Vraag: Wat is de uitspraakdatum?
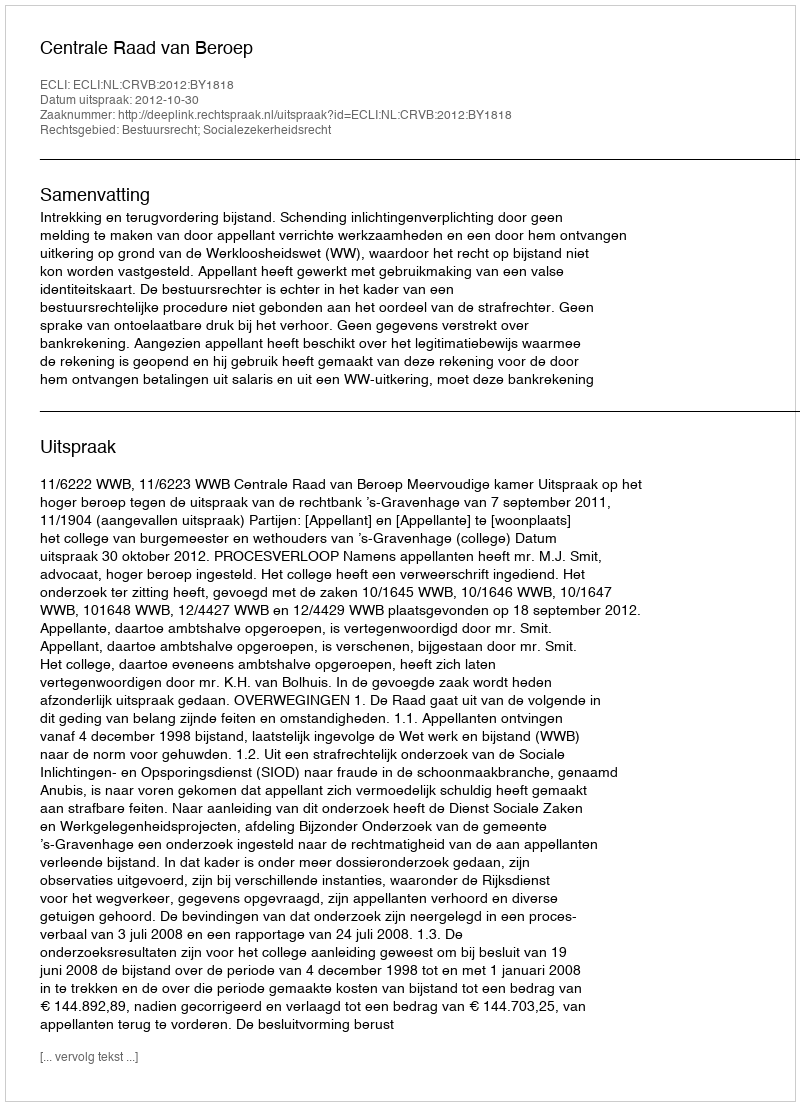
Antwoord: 2012-10-30